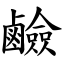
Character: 鹼